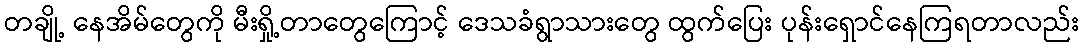
တချို့ နေအိမ်တွေကို မီးရှို့တာတွေကြောင့် ဒေသခံရွာသားတွေ ထွက်ပြေး ပုန်းရှောင်နေကြရတာလည်း